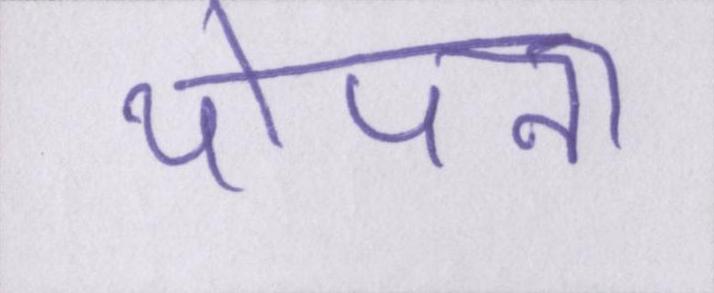
थोपना